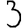
Digit: 3